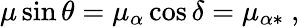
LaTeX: \mu\sin\theta=\mu_{\alpha}\cos\delta=\mu_{\alpha\ast}\ ,